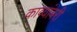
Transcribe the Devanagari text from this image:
काव्यांबरी